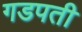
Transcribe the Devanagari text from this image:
गडपती